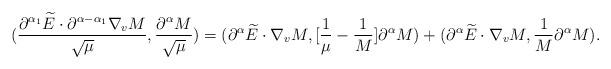
LaTeX: \begin{align*}(\frac{\partial^{\alpha_1}\widetilde{E}\cdot\partial^{\alpha-\alpha_{1}}\nabla_{v}M}{\sqrt{\mu}},\frac{\partial^{\alpha}M}{\sqrt{\mu}})=(\partial^{\alpha}\widetilde{E}\cdot\nabla_{v}M,[\frac{1}{\mu}-\frac{1}{M}]\partial^{\alpha}M)+(\partial^{\alpha}\widetilde{E}\cdot\nabla_{v}M,\frac{1}{M}\partial^{\alpha}M).\end{align*}